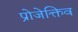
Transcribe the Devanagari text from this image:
प्रोजेक्तिव